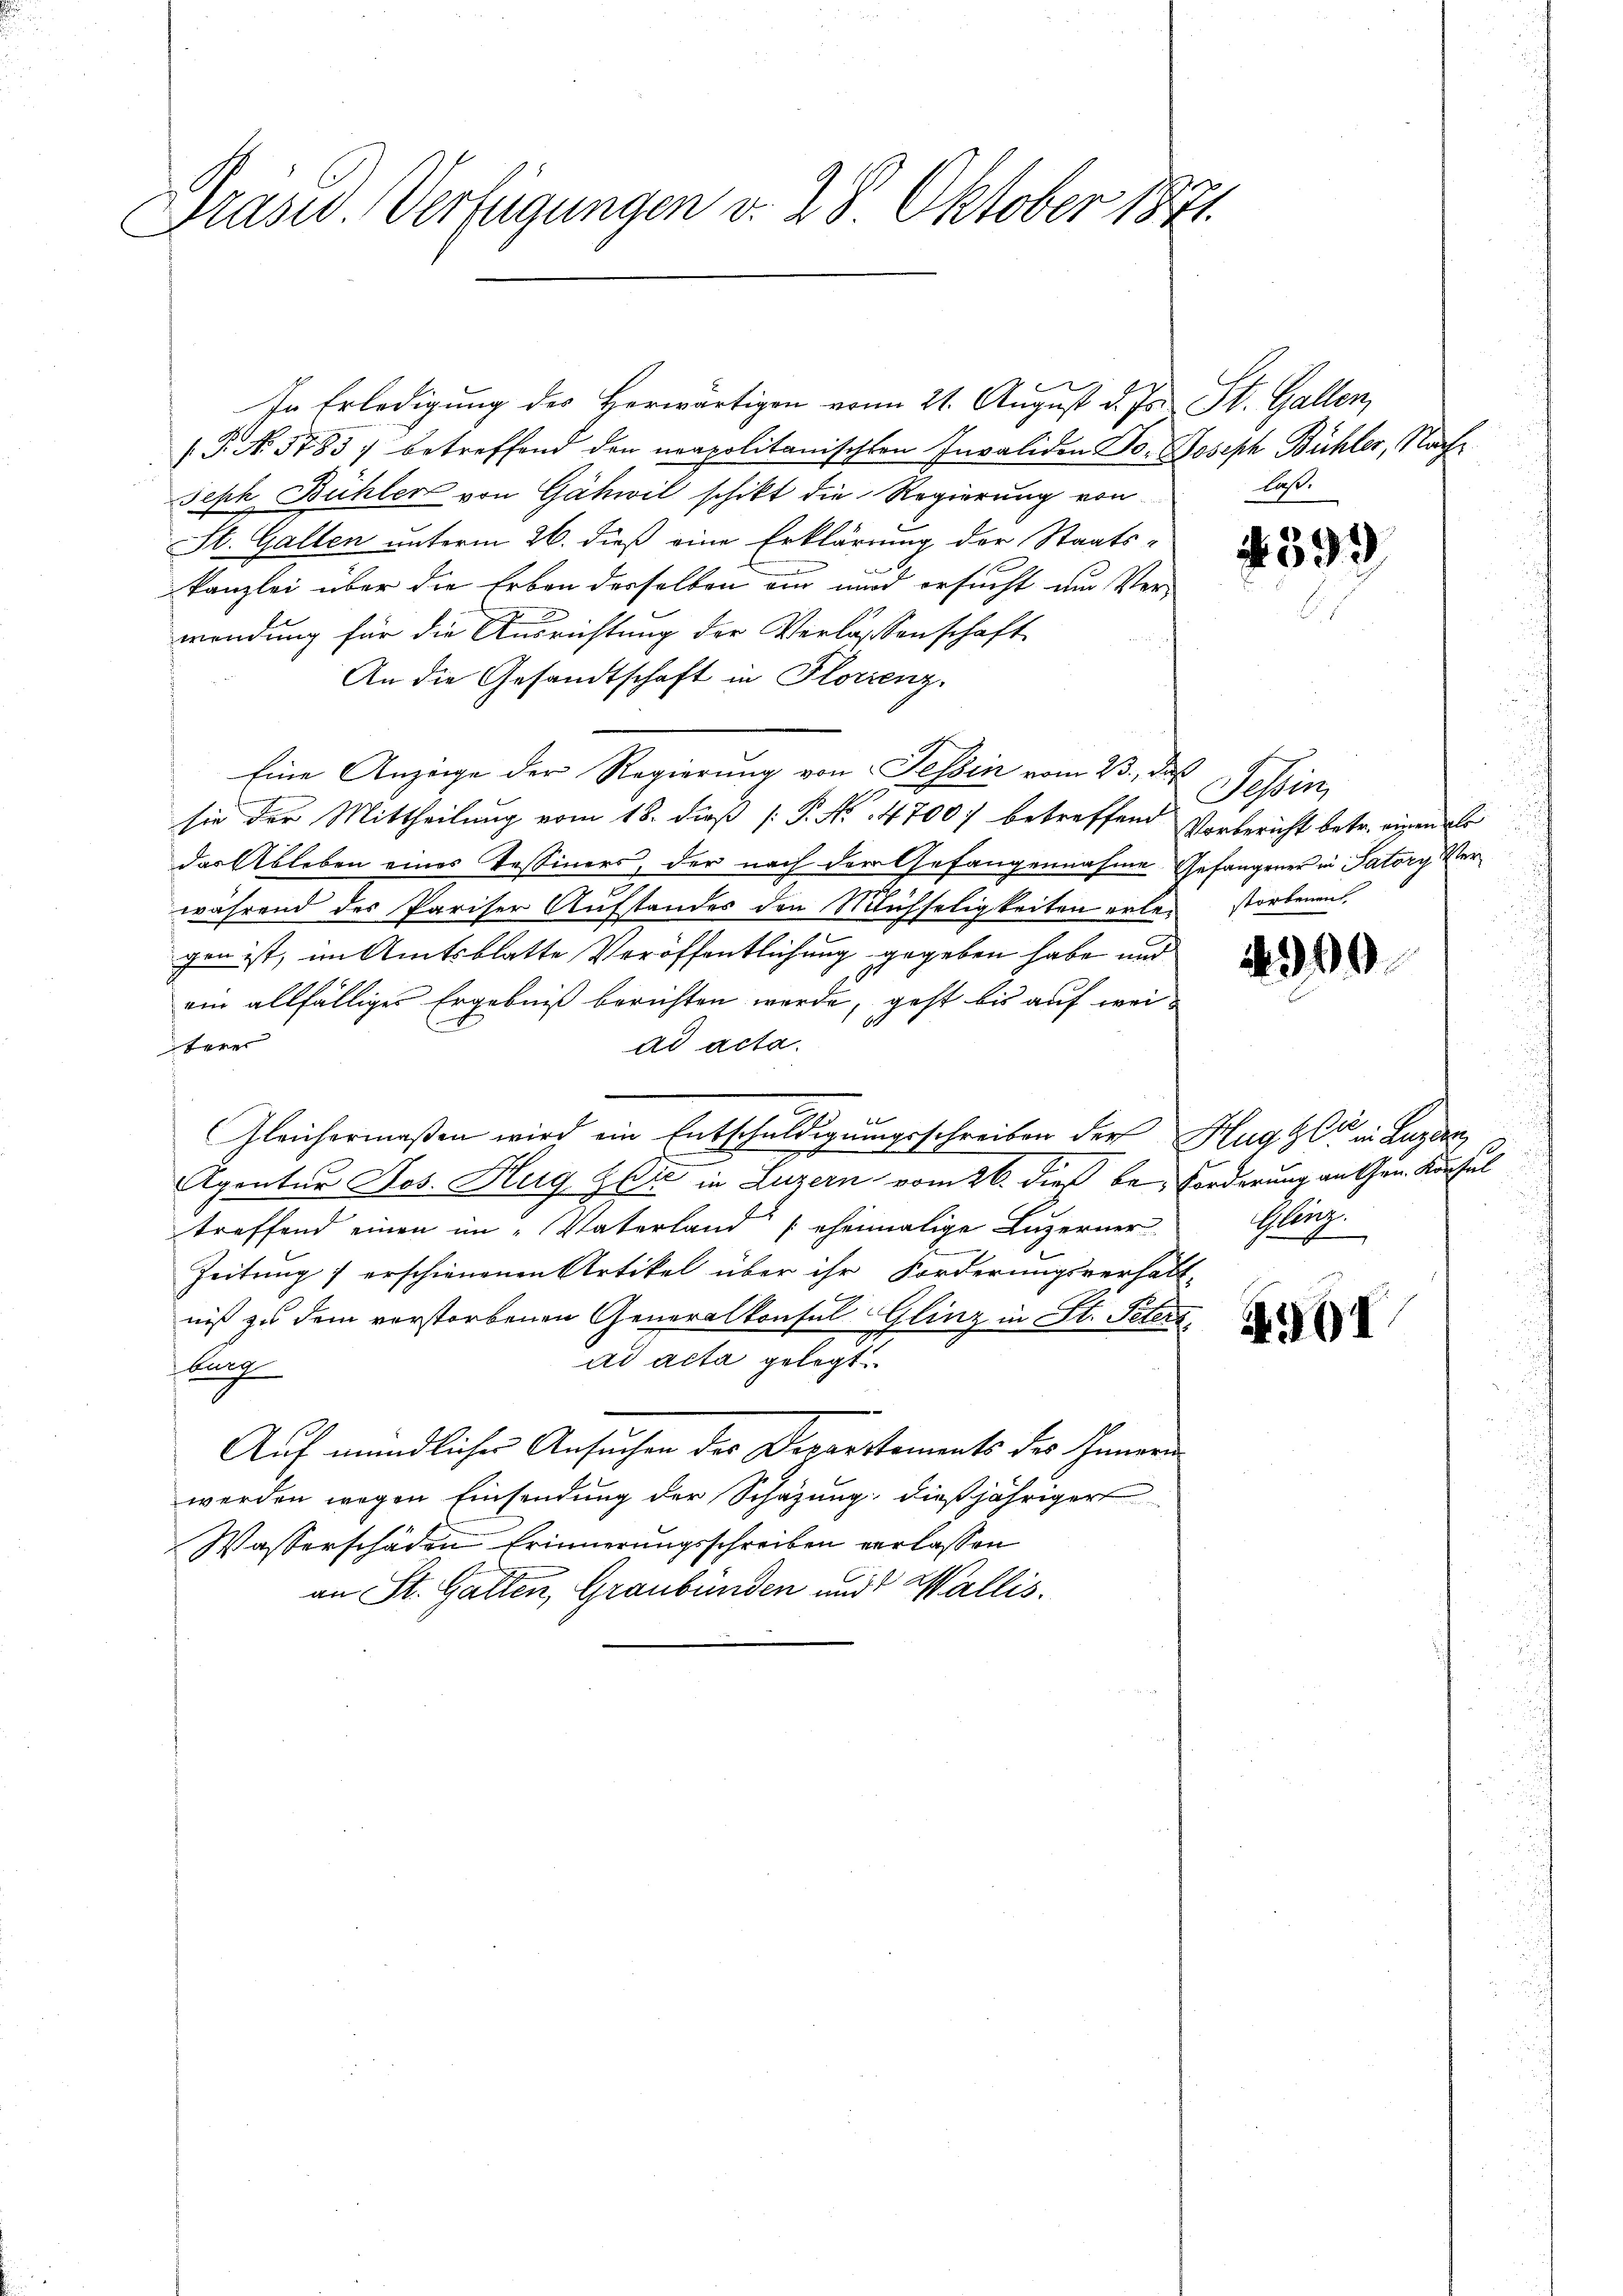
Präsid. Verfügungen v. 28 Oktober 1871.

In Erledigung des Herwärtigen vom 21. August d. Js. St. Gallen,
(P. No. 5785; betreffend den neapolitanischten Invaliden Jo- Joseph Bühler, Nach¬
Seph Bühler von Gähwil schikt die Regierung von
St. Gallen unterm 26. dieß eine Erklärung der Staats-
i
kanzlei über die Erben derselben ein wird ersucht um Ver-
wendung für die Ausrichtung der Verlassenschaft
An die Gesandtschaft in Florienz.
Eine Anzeige der Regierung von Tessin vom 23., daß
sie der Mittheilung vom 18. dieß [ P. No 14700) betreffend Vorbericht betr. einen als
das Ableben eines Tessiners, der nach der Gefangennahme Gefangener in Patory Verwährend des Pariser Aufstandes den Michseligkeiten erlei storbenen,
gen ist, im Amtsblatte Veröffentlichung gegeben habe und
ein allfälliger Ergebniß berichten werde, geht bis auf weiterer
ad acta.
Gleichermaßen wird ein Entschuldigungsschreiben der Hugger in Luzern,
Agentur Jos. Hug Wie in Luzern vom 26. dieß be Forderung an Gen. Konsul
treffend einen im „Vaterland (eheimalige Luzerner
Zeitung / erschienenen Artikel über ihr Forderungsverhält-
niß zu dem vorstorbenen Generalkonsul-Glinz in St. Peters
ad acta gelegt.
lung
Auf mündlicher Ansuchen der Departements des Innern
werden wegen Einsendung der Schazung, dießjähriger
Wasserschäden Erinnerungsschreiben verlassen
an St. Gatten, Graubünden und Wallis.

last.

399

Schin

490.

Glurge

561